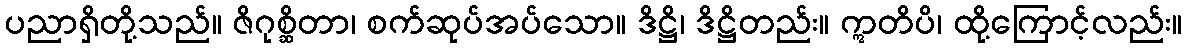
ပညာရှိတို့သည်။ ဇိဂုစ္ဆိတာ၊ စက်ဆုပ်အပ်သော။ ဒိဋ္ဌိ၊ ဒိဋ္ဌိတည်း။ ဣတိပိ၊ ထို့ကြောင့်လည်း။